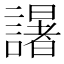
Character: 𮘼